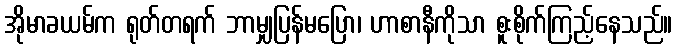
အိုမာခယမ်က ရုတ်တရက် ဘာမျှပြန်မပြော၊ ဟာစာနီကိုသာ စူးစိုက်ကြည့်နေသည်။